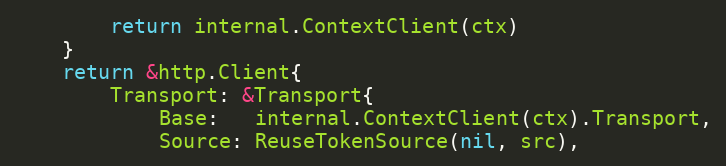
Language: Go
		return internal.ContextClient(ctx)
	}
	return &http.Client{
		Transport: &Transport{
			Base:   internal.ContextClient(ctx).Transport,
			Source: ReuseTokenSource(nil, src),